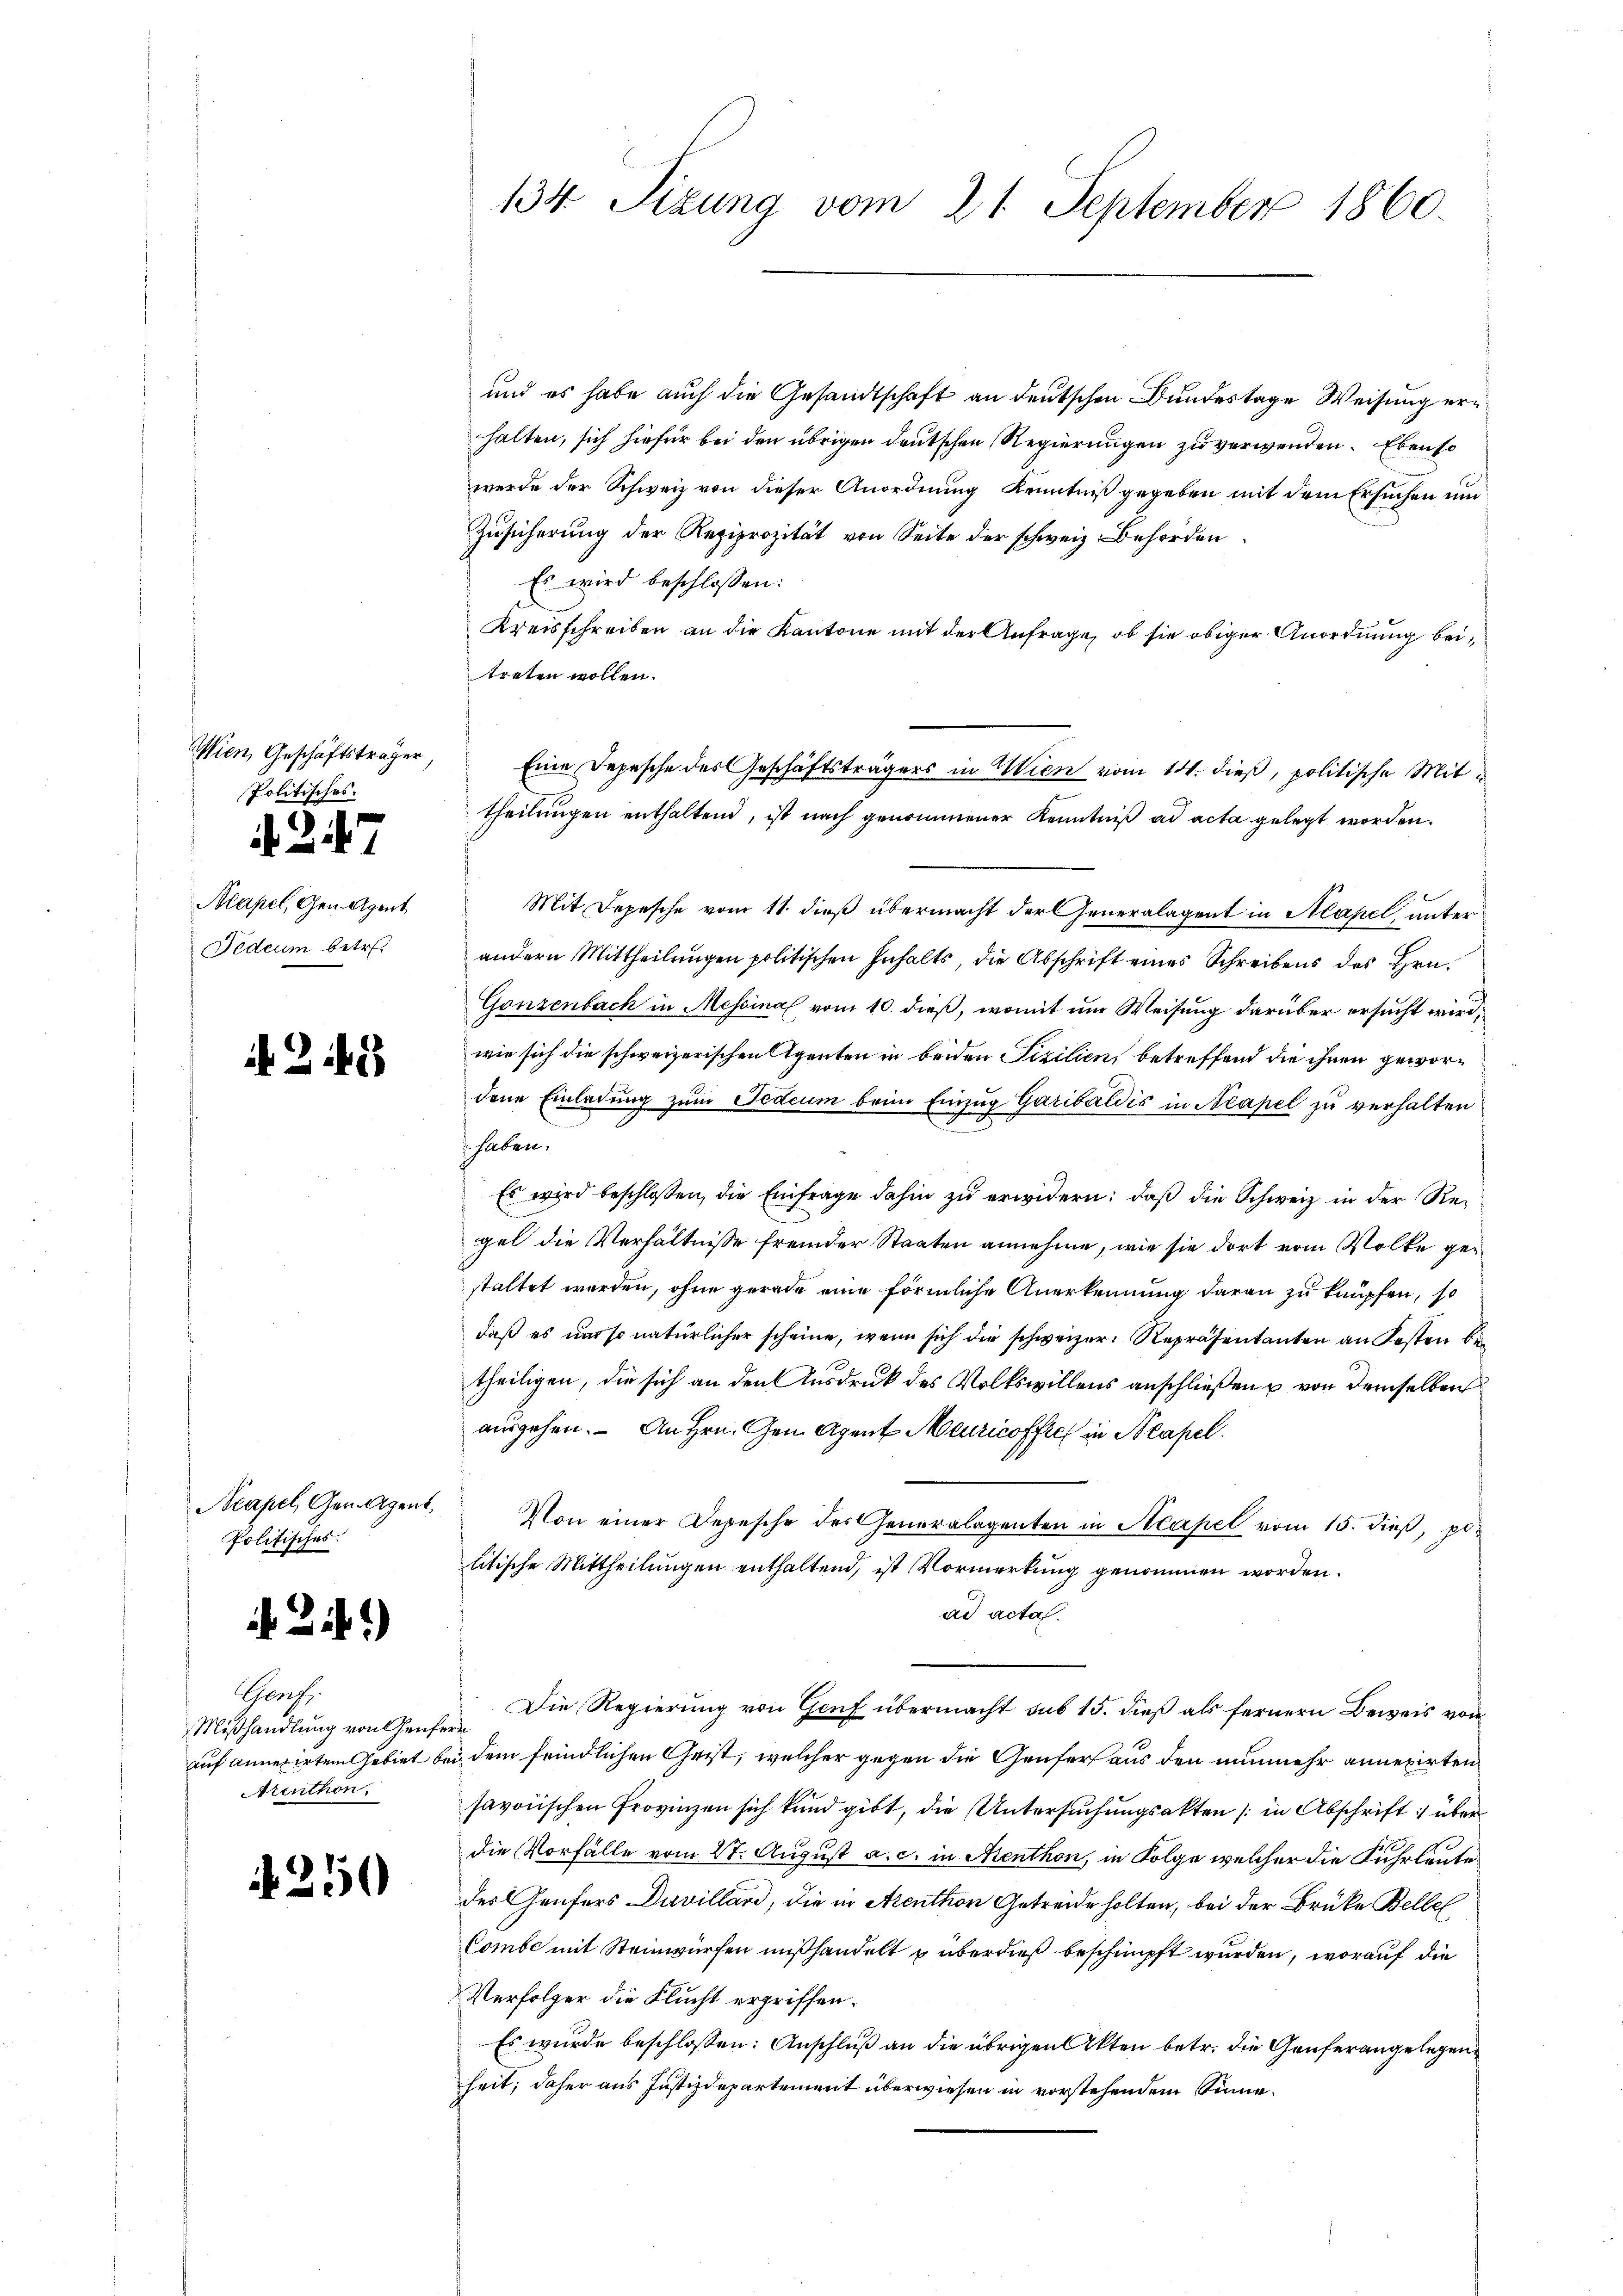
Wien, Geschäftsträger,
Politisches.

2.

1

Mapel, Gen. Agent
Fedium betret

2

Acapel, Gen. Agent,
Politisches.

2i)

Cens
Mißhandlung von Genfern
auf Annexirten Gebiet be
Arenthon.

4250

134. Sizung vom 21. September 1860.

und es habe auch die Gesandtschaft an deutschen Bundestage Weisung erhalten, sich hiefür bei den übrigen deutschen Regierungen zu verwenden. Ebenso
werde der Schweiz von dieser Anordnung Kenntniß gegeben mit dem Ersuchen und
Zusicherung der Reziprozität von Seite der schweiz. Behörden
Es wird beschlossen:
Kreisschreiben an die Kantone mit der Anfrage, ob sie obiger Anordnung beitreten wollen.
theilungen enthaltend, ist nach genommener Kenntniß ad acta gelegt worden.
Mit Depesche vom 11. dieß übermacht der Generalagent in Mapel, unter
andern Mittheilungen politischen Inhalts, die Abschrift eines Schreibens des Hrn.
Gonzenbach in Messinal vom 10. dieß, womit um Weisung darüber ersucht wird,
wie sich die schweizerischen Agenten in beiden Fizilien, betreffend die ihnen gewordene Einladung zum Fideum beim Einzug Garibaldis in Neapel zu verhalten
 haben.
Es wird beschlossen, die Einfrage dahin zu erwidern: daß die Schweiz in der Regel die Verhältnisse fremder Staaten annehme, wie sie dort vom Volke gestaltet werden, ohne gerade eine förmliche Anerkennung daran zu knüpfen, so
daß es um so natürlicher scheine, wenn sich die schweizer Repräsentanten an Kosten betheiligen, die sich an den Ausdruck des Volkswillens anschließen u von demselben
ausgehen. An Hrn. Gem. Agent Meuricoffre in Neapel.
Von einer Depesche des Generalagenten in Neapel vom 15. dieß, por
litische Mittheilungen enthaltend, ist Vormerkung genommen worden.
ad acta.
Die Regierung von Genf übermacht sub 15. dieß als fernern Beweis von
in dem feindlichen Geist, welcher gegen die Genfer aus den nunmehr annexirten
savoischen Provinzen sich kund gibt, die Untersuchungsakten / in Abschrift über
die Vorfälle vom 27. August a. c. in Menthon, in Folge welcher die Fuhrlaute
des Genfers Davillard, die in Arenthon Getreide holten, bei der Brüke Belle
Combe mit Steinwürfen mißhandelt u überdieß beschimpft wurden, worauf die
Verfolger die Flucht ergriffen.
Es wurde beschlossen: Anschluß an die übrigen Akten betr. die Genfer angelegen
heit; daher aus Justizdepartement überwiesen in vorstehendem Sinne¬

Eine Depesche des Geschäftsträgers in Wien vom 14. dieß, politische Mit¬